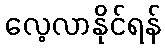
လေ့လာနိုင်ရန်